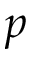
p